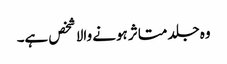
وہ جلد متاثر ہونے والا شخص ہے۔